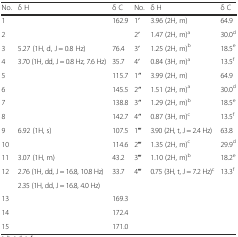
<table><thead><tr><td><b>No.</b></td><td><b>δ H</b></td><td><b>δ C</b></td><td><b>No.</b></td><td><b>δ H</b></td><td><b>δ C</b></td></tr></thead><tbody><tr><td>1</td><td></td><td>162.9</td><td>1′</td><td>3.96 (2H, m)</td><td>64.9</td></tr><tr><td>2</td><td></td><td></td><td>2′</td><td>1.47 (2H, m)<sup>a</sup></td><td>30.0<sup>d</sup></td></tr><tr><td>3</td><td>5.27 (1H, d, J = 0.8 Hz)</td><td>76.4</td><td>3′</td><td>1.25 (2H, m)<sup>b</sup></td><td>18.5<sup>e</sup></td></tr><tr><td>4</td><td>3.70 (1H, dd, J = 0.8 Hz, 7.6 Hz)</td><td>35.7</td><td>4′</td><td>0.84 (3H, m)<sup>a</sup></td><td>13.5<sup>f</sup></td></tr><tr><td>5</td><td></td><td>115.7</td><td>1′′</td><td>3.99 (2H, m)</td><td>64.9</td></tr><tr><td>6</td><td></td><td>145.5</td><td>2′′</td><td>1.51 (2H, m)<sup>a</sup></td><td>30.0<sup>d</sup></td></tr><tr><td>7</td><td></td><td>138.8</td><td>3′′</td><td>1.29 (2H, m)<sup>b</sup></td><td>18.5<sup>e</sup></td></tr><tr><td>8</td><td></td><td>142.7</td><td>4′′</td><td>0.87 (3H, m)<sup>c</sup></td><td>13.5<sup>f</sup></td></tr><tr><td>9</td><td>6.92 (1H, s)</td><td>107.5</td><td>1′′′</td><td>3.90 (2H, t, J = 2.4 Hz)</td><td>63.8</td></tr><tr><td>10</td><td></td><td>114.6</td><td>2′′′</td><td>1.35 (2H, m)<sup>c</sup></td><td>29.9<sup>d</sup></td></tr><tr><td>11</td><td>3.07 (1H, m)</td><td>43.2</td><td>3′′′</td><td>1.10 (2H, m)<sup>b</sup></td><td>18.2<sup>e</sup></td></tr><tr><td rowspan="2">12</td><td>2.76 (1H, dd, J = 16.8, 10.8 Hz)</td><td rowspan="2">33.7</td><td rowspan="2">4′′′</td><td rowspan="2">0.75 (3H, t, J = 7.2 Hz)<sup>c</sup></td><td rowspan="2">13.3<sup>f</sup></td></tr><tr><td>2.35 (1H, dd, J = 16.8, 4.0 Hz)</td></tr><tr><td>13</td><td></td><td>169.3</td><td></td><td></td><td></td></tr><tr><td>14</td><td></td><td>172.4</td><td></td><td></td><td></td></tr><tr><td>15</td><td></td><td>171.0</td><td></td><td></td><td></td></tr></tbody></table>